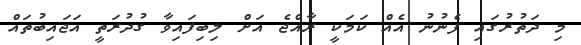
މި ދަތުރުގައި ފެނުނު އެއް ކަމަކީ ރާއްޖެ އަށް ލިބިފައިވާ ގުދުރަތީ އަޖައިބުތައް